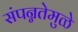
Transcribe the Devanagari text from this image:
संपन्नतेमुळे